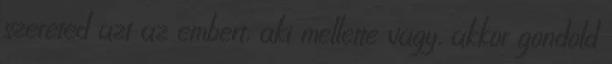
szereted azt az embert, aki mellette vagy, akkor gondold